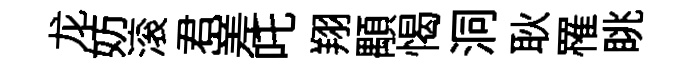
龙妨滚君嵳吒翔顒愒洞耿罹眺